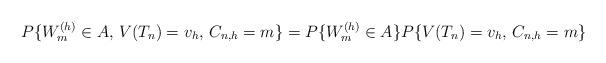
LaTeX: \begin{align*}P\{W_m^{(h)}\in A,\, V(T_n) = v_h,\, C_{n,h} = m\} = P\{W_m^{(h)}\in A\} P \{V(T_n) = v_h,\, C_{n,h} = m\}\end{align*}